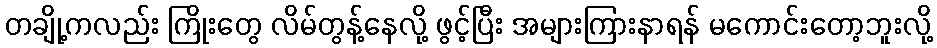
တချို့ကလည်း ကြိုးတွေ လိမ်တွန့်နေလို့ ဖွင့်ပြီး အများကြားနာရန် မကောင်းတော့ဘူးလို့